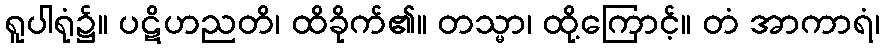
ရူပါရုံ၌။ ပဋိဟညတိ၊ ထိခိုက်၏။ တသ္မာ၊ ထို့ကြောင့်။ တံ အာကာရံ၊